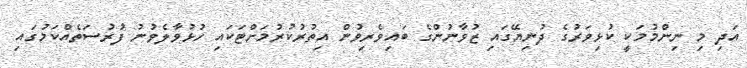
އަދި މި ނިންމުމަކީ ކުޅިވަރުގެ ދުނިޔޭގައި ޒުވާނުންގެ ބައިވެރިވުން އިތުރުކުރުމަށްޓަކައި ހުޅުވާލެވުނު ފުރުސަތެއްކަމުގައި